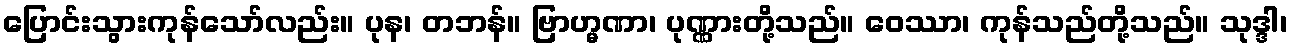
ပြောင်းသွားကုန်သော်လည်း။ ပုန၊ တဘန်။ ဗြာဟ္မဏာ၊ ပုဏ္ဏားတို့သည်။ ဝေဿာ၊ ကုန်သည်တို့သည်။ သုဒ္ဒါ၊